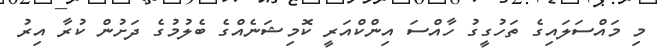
މި މައްސަލައިގެ ތަހުގީގު ހާއްސަ އިންކްއަރީ ކޮމިޝަނެއްގެ ބެލުމުގެ ދަށުން ކުރާ އިރު